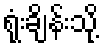
ရုံးချိန်းသို့